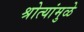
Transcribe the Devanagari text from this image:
श्रोत्यांमुळे